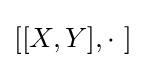
[[X,Y],\cdot \ ]